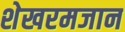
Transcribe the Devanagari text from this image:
शेखरमजान